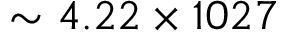
\sim 4 . 2 2 \times 1 0 2 7